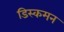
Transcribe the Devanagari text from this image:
डिस्कमन